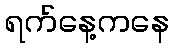
ရက်နေ့ကနေ